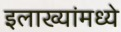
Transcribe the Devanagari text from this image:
इलाख्यांमध्ये